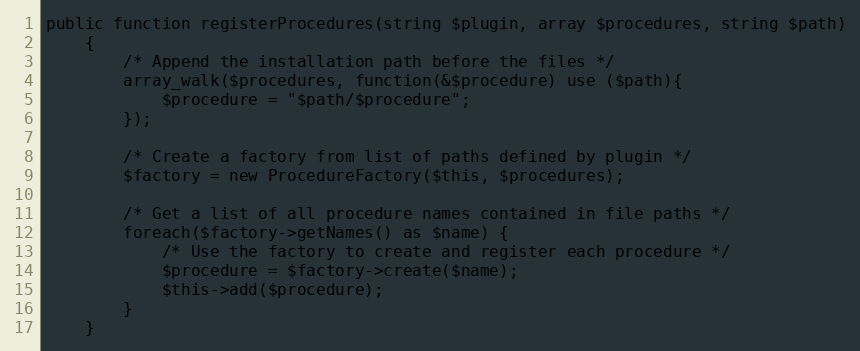
Language: PHP
public function registerProcedures(string $plugin, array $procedures, string $path)
    {
        /* Append the installation path before the files */
        array_walk($procedures, function(&$procedure) use ($path){
            $procedure = "$path/$procedure";
        });

        /* Create a factory from list of paths defined by plugin */
        $factory = new ProcedureFactory($this, $procedures);

        /* Get a list of all procedure names contained in file paths */
        foreach($factory->getNames() as $name) {
            /* Use the factory to create and register each procedure */
            $procedure = $factory->create($name);
            $this->add($procedure);
        }
    }